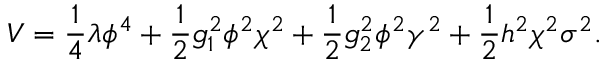
V = { \frac { 1 } { 4 } } \lambda \phi ^ { 4 } + { \frac { 1 } { 2 } } g _ { 1 } ^ { 2 } \phi ^ { 2 } \chi ^ { 2 } + { \frac { 1 } { 2 } } g _ { 2 } ^ { 2 } \phi ^ { 2 } \gamma ^ { 2 } + { \frac { 1 } { 2 } } h ^ { 2 } \chi ^ { 2 } \sigma ^ { 2 } .